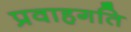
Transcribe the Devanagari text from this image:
प्रवाहगति